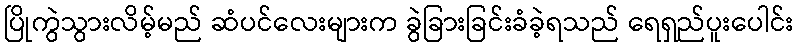
ပြိုကွဲသွားလိမ့်မည် ဆံပင်လေးများက ခွဲခြားခြင်းခံခဲ့ရသည် ရေရှည်ပူးပေါင်း